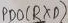
Text: PD0 (RXD)